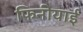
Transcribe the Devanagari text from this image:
फिनीयाई